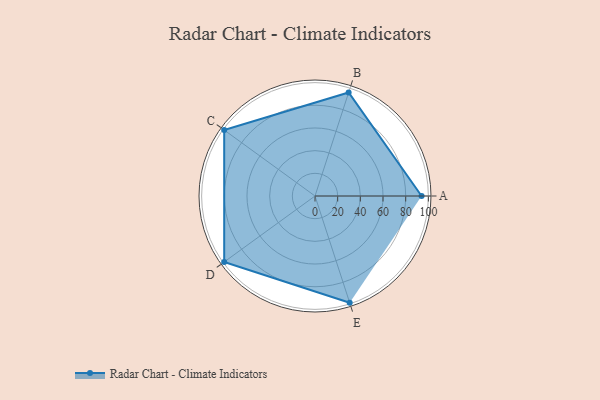
{"axis": {"x": "Skill", "y": "Score"}, "legend": ["Profile"], "data": [{"x": "A", "y": 94.0, "type": "Profile"}, {"x": "B", "y": 96.0, "type": "Profile"}, {"x": "C", "y": 99, "type": "Profile"}, {"x": "D", "y": 99, "type": "Profile"}, {"x": "E", "y": 99, "type": "Profile"}]}